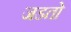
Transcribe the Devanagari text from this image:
जडतो